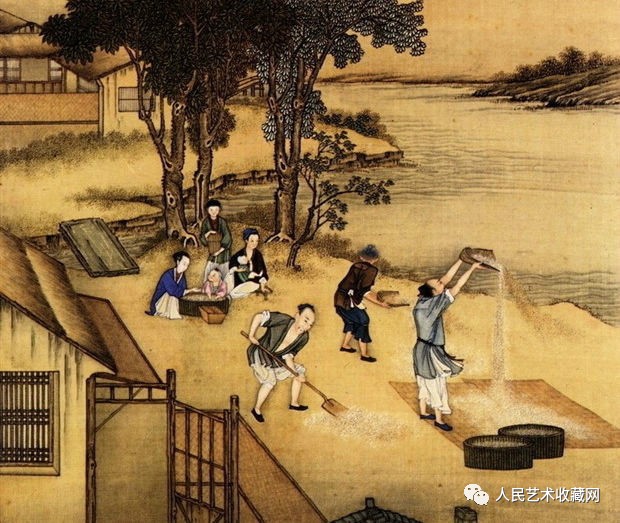
世态便如翻覆雨，妾身元是分明月。